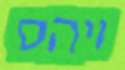
ויהס